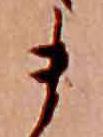
ま